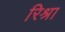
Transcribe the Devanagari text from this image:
रिश्रा